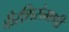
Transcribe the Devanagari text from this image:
वीरशिरोमणी